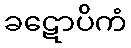
ခဋောပိကံ